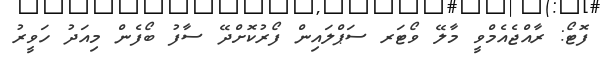
ފޮޓޯ: ރާއްޖެއެމްވީ މާލޭ ވޯޓަރ ސަޕްލައިން ފޯރުކޮށްދޭ ސާފު ބޯފެން މިއަދު ހަވީރު